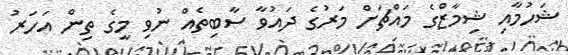
ޝަހުމާއި ޝިމާޒްގެ މައްޗަށް މަރުގެ ދައުވާ ސާބިތެއް ނުވި މީގެ ތިން އަހަރު